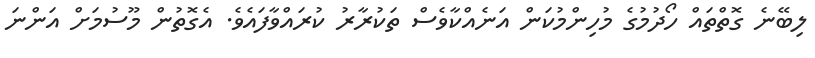
ލިބޭނެ ގޮތްތައް ހޯދުމުގެ މުހިންމުކަން އަނެއްކާވެސް ތަކުރާރު ކުރައްވާފައެވެ. އެގޮތުން މޫސުމަށް އަންނަ